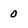
Character: 0